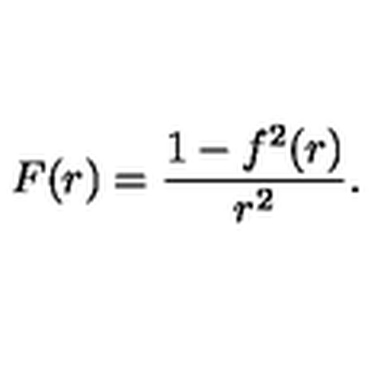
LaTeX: F ( r ) = \frac { 1 - f ^ { 2 } ( r ) } { r ^ { 2 } } .